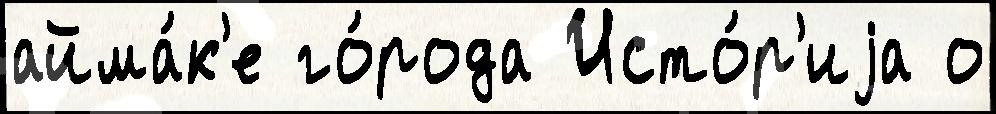
айма́к'е го́рода Исто́р'иjа о